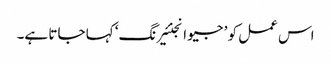
اس عمل کو ’ جیو انجنئیرنگ‘ کہا جاتا ہے۔